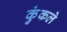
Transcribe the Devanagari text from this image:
कुंकले